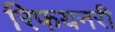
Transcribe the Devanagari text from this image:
रिफयनरी